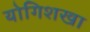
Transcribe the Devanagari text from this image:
योगिशखा